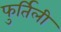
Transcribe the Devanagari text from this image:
फुर्तिली